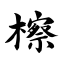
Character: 檫